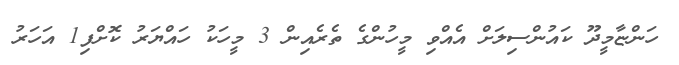
ހަންޏާމީދޫ ކައުންސިލަށް އެއްވި މީހުންގެ ތެރެއިން 3 މީހަކު ހައްޔަރު ކޮށްފި1 އަހަރު